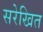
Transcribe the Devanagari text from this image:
सरेखित